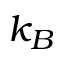
k _ { B }